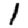
Digit: 1